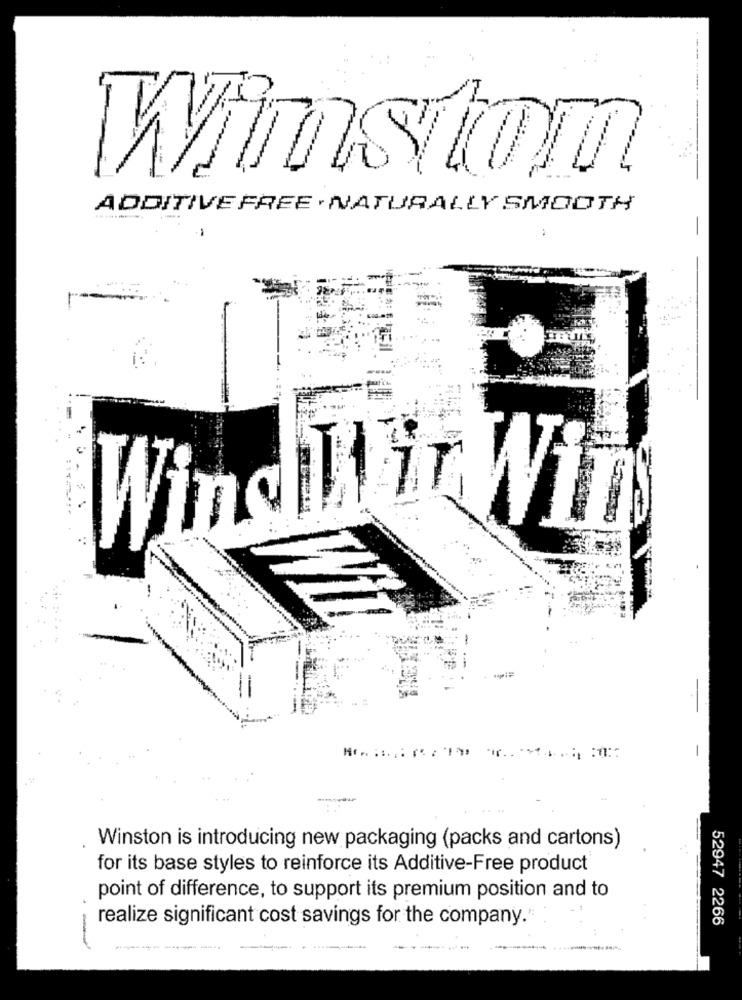
-------
Wrmstom
ADDITIVE FREE . NATURALLY SMOOTH
-
Wind Wir Win
-
Winston is introducing new packaging (packs and cartons)
for its base styles to reinforce its Additive-Free product
point of difference, to support its premium position and to
realize significant cost savings for the company."
52947 2266
-